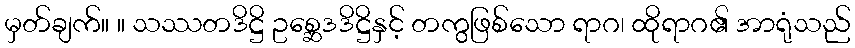
မှတ်ချက်။ ။ သဿတဒိဋ္ဌိ ဥစ္ဆေဒဒိဋ္ဌိနှင့် တကွဖြစ်သော ရာဂ၊ ထိုရာဂ၏ အာရုံသည်